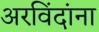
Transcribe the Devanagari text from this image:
अरविंदांना